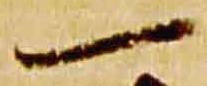
一